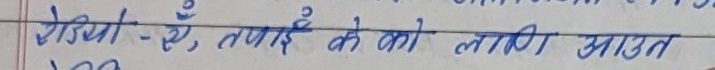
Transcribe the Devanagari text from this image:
रोबियों - ऐ, ताई के को लागत आदत